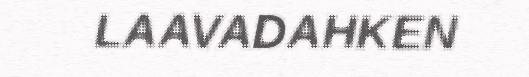
LAAVADAHKEN